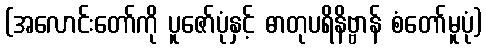
(အလောင်းတော်ကို ပူဇော်ပုံနှင့် ဓာတုပရိနိဗ္ဗာန် စံတော်မူပုံ)